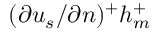
( \partial { u _ { s } } / \partial { n } ) ^ { + } h _ { m } ^ { + }